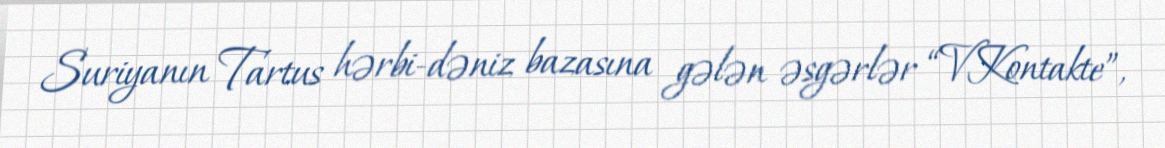
Suriyanın Tartus hərbi-dəniz bazasına gələn əsgərlər “VKontakte”,